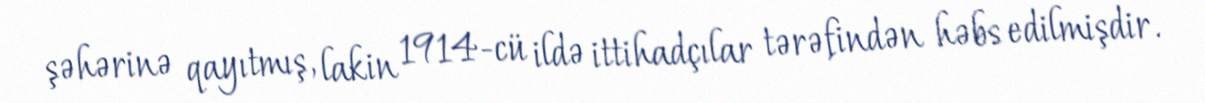
şəhərinə qayıtmış, lakin 1914-cü ildə ittihadçılar tərəfindən həbs edilmişdir.